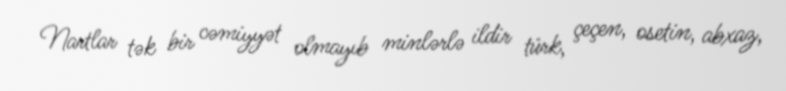
Nartlar tək bir cəmiyyət olmayıb minlərlə ildir türk, çeçen, osetin, abxaz,